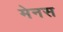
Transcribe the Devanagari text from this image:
मेनस